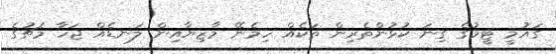
ގައުމީ ޓީމުގެ ގިނަ ކުޅުންތެރިން ތަކެއް ހިމެނޭ މާޒިޔާއިން ލަނޑެއް ޖަހާ މެޗުގެ